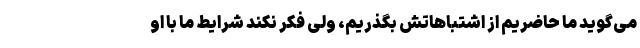
می‌گوید ما حاضریم از اشتباهاتش بگذریم، ولی فکر نکند شرایط ما با او